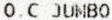
O.C JUMBO